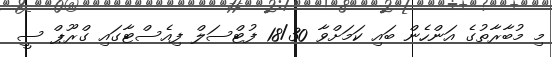
މި މުބާރާތުގެ އަންހެން ބައި ކަމަށްވާ 18/30 ފުޓްސަލް ފިއެސްޓާގައި ގްރޫޕް ސީ